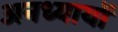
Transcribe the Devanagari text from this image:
अनध्यायों